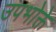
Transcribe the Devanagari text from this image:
उपभोक्ते